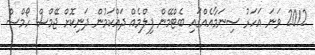
2012 ވަނަ އަހަރު ސިނަމާއެއްގައި ބެޓްމޭން ފިލްމެއް ދައްކަމުން ދަނިކޮށް ޖޭމްސް ހޯމްސް